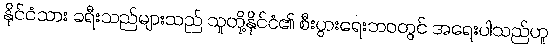
နိုင်ငံသား ခရီးသည်များသည် သူတို့နိုင်ငံ၏ စီးပွားရေးဘဝတွင် အရေးပါသည်ဟူ